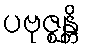
ပဗုဇ္ဈန္တိ